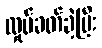
လှုပ်ခတ်ခဲ့ပြီး